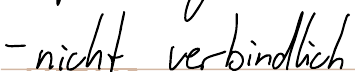
- nicht verbindlich